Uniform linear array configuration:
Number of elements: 16
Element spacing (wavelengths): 0.5
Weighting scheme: cosine
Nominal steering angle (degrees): -60
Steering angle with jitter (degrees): -61.479
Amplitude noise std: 0.05
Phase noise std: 0.05

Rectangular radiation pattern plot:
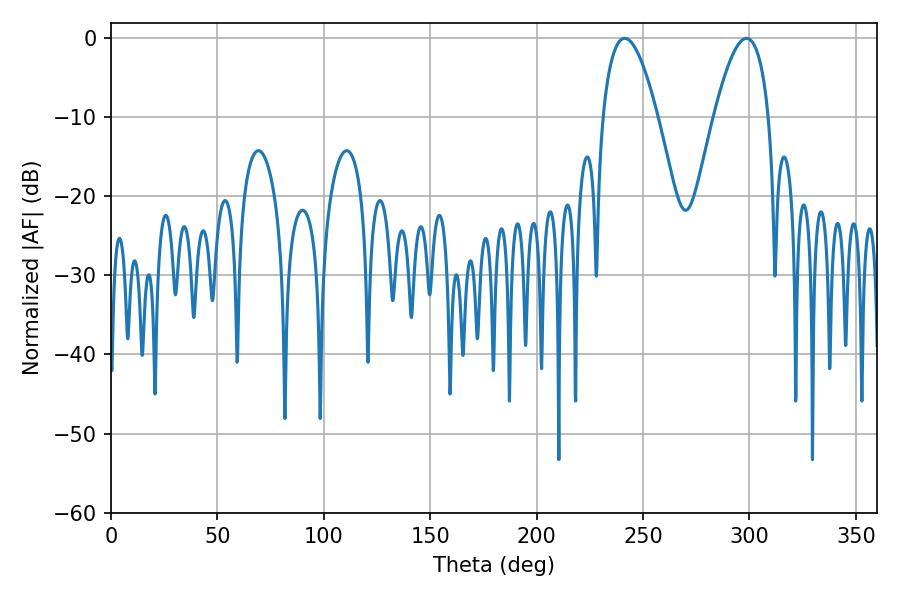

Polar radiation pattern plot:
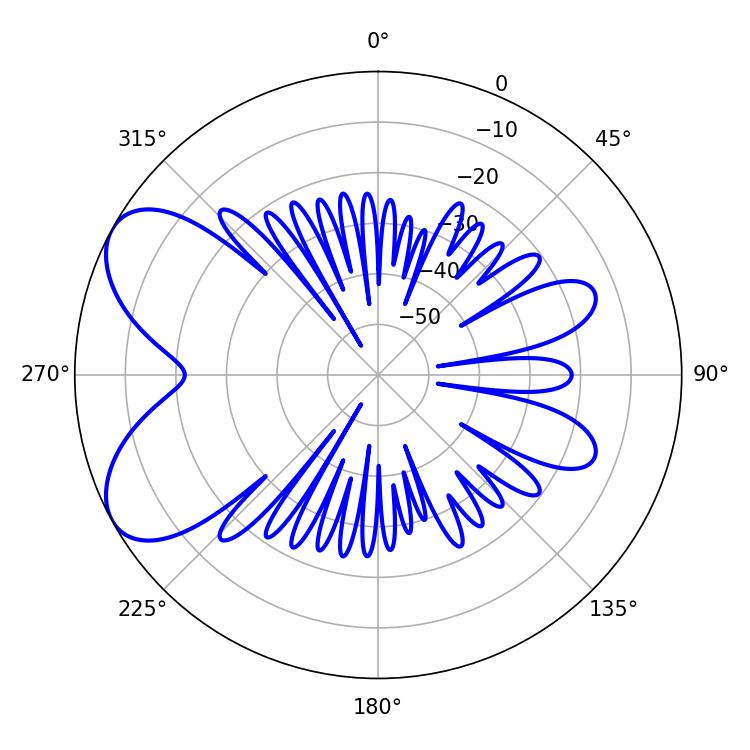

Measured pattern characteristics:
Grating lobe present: FALSE
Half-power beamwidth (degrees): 14.22
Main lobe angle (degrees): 241.38